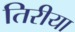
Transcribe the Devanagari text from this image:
तिरीया